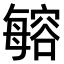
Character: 𣫾